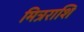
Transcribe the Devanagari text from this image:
मित्रराशि